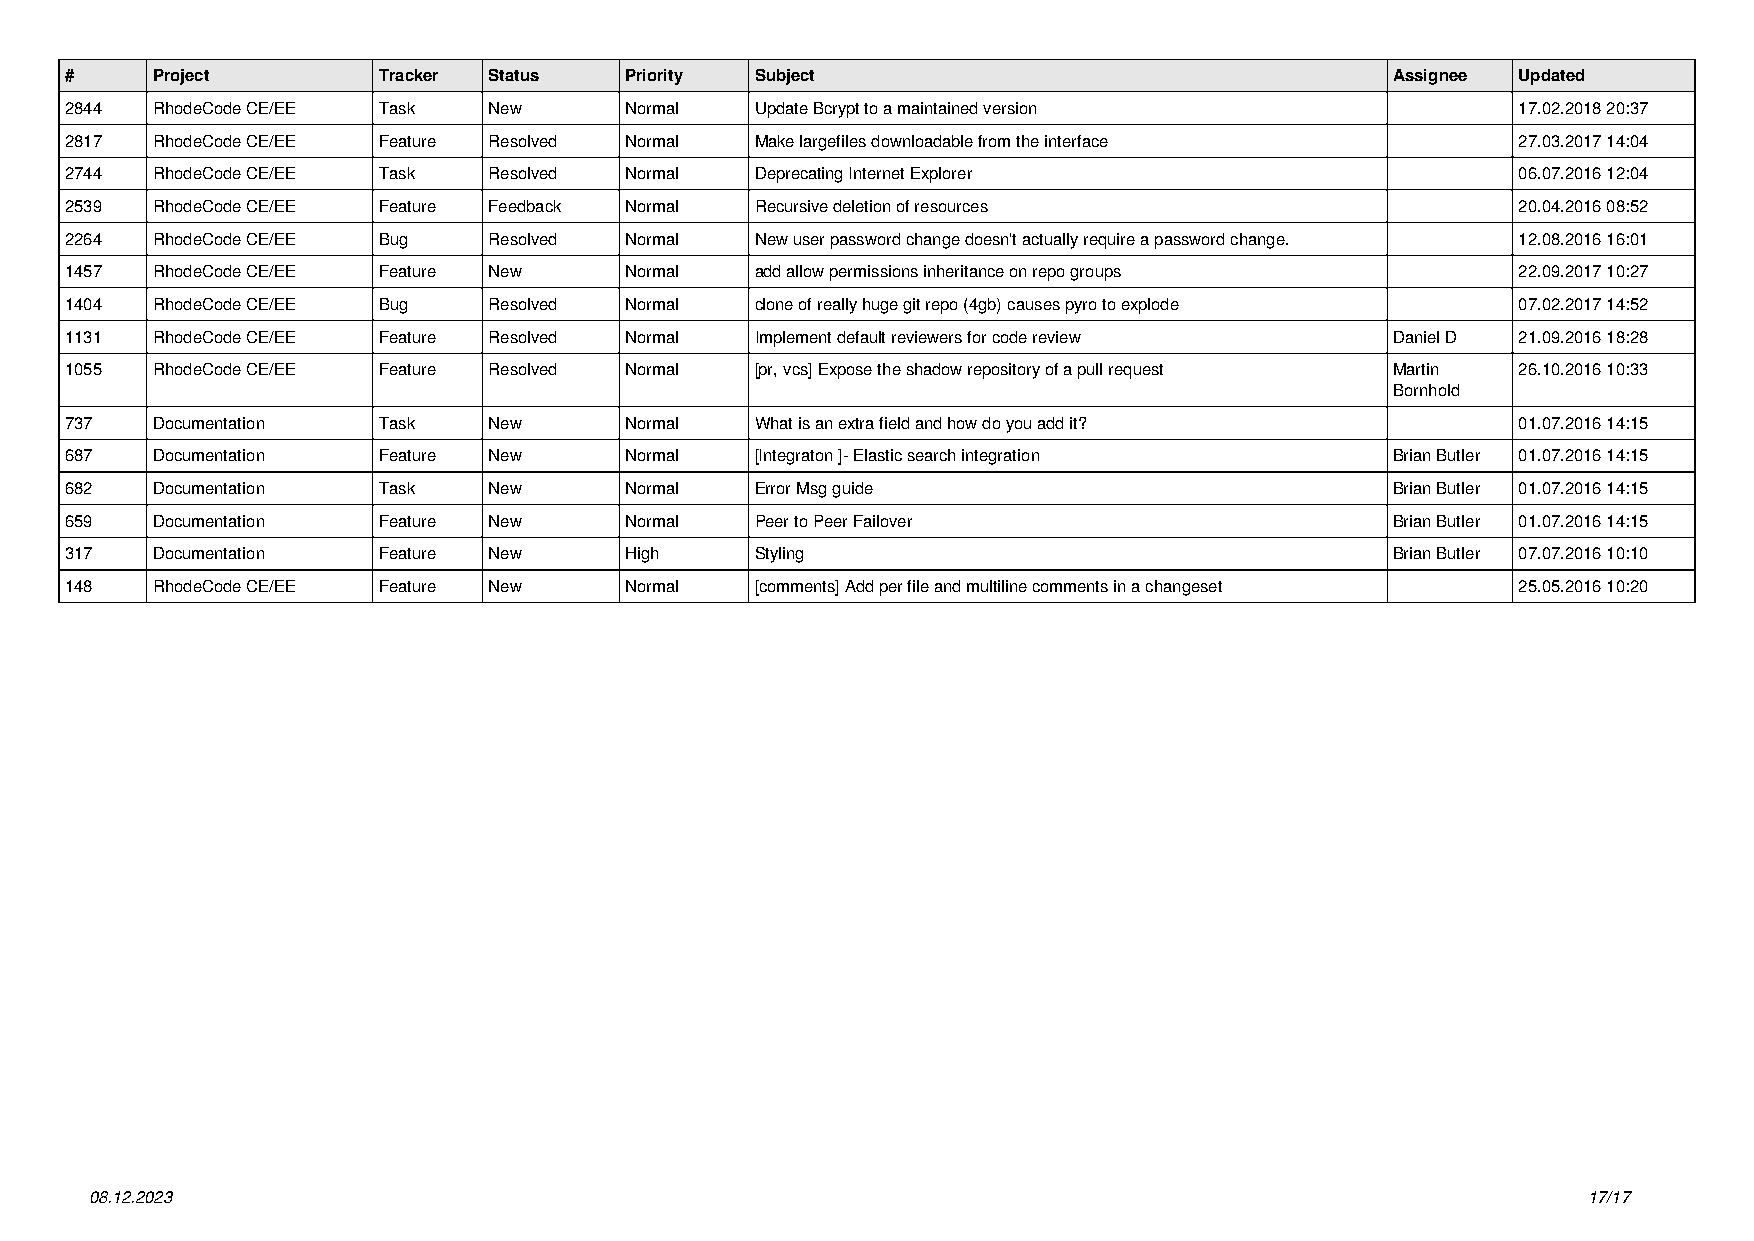
#     Project        Tracker Status  Priority Subject                                   Assignee Updated
 2844  RhodeCode CE/EE Task  New      Normal   Update Bcrypt to a maintained version              17.02.2018 20:37
 2817  RhodeCode CE/EE Feature Resolved Normal Make largefiles downloadable from the interface    27.03.2017 14:04
 2744  RhodeCode CE/EE Task  Resolved Normal   Deprecating Internet Explorer                      06.07.2016 12:04
 2539  RhodeCode CE/EE Feature Feedback Normal Recursive deletion of resources                    20.04.2016 08:52
 2264  RhodeCode CE/EE Bug   Resolved Normal   New user password change doesn't actually require a password change. 12.08.2016 16:01
 1457  RhodeCode CE/EE Feature New    Normal   add allow permissions inheritance on repo groups   22.09.2017 10:27
 1404  RhodeCode CE/EE Bug   Resolved Normal   clone of really huge git repo (4gb) causes pyro to explode 07.02.2017 14:52
 1131  RhodeCode CE/EE Feature Resolved Normal Implement default reviewers for code review Daniel D 21.09.2016 18:28
 1055  RhodeCode CE/EE Feature Resolved Normal [pr, vcs] Expose the shadow repository of a pull request Martin 26.10.2016 10:33
 Bornhold
 737   Documentation  Task   New      Normal   What is an extra field and how do you add it?      01.07.2016 14:15
 687   Documentation  Feature New     Normal   [Integraton ]- Elastic search integration Brian Butler 01.07.2016 14:15
 682   Documentation  Task   New      Normal   Error Msg guide                           Brian Butler 01.07.2016 14:15
 659   Documentation  Feature New     Normal   Peer to Peer Failover                     Brian Butler 01.07.2016 14:15
 317   Documentation  Feature New     High     Styling                                   Brian Butler 07.07.2016 10:10
 148   RhodeCode CE/EE Feature New    Normal   [comments] Add per file and multiline comments in a changeset 25.05.2016 10:20
 08.12.2023                                                                                         17/17
 Powered by TCPDF (www.tcpdf.org)